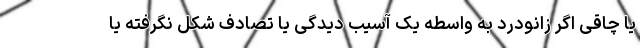
یا چاقی اگر زانودرد به واسطه یک آسیب دیدگی یا تصادف شکل نگرفته یا